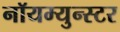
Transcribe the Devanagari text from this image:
नॉयम्युन्स्टर